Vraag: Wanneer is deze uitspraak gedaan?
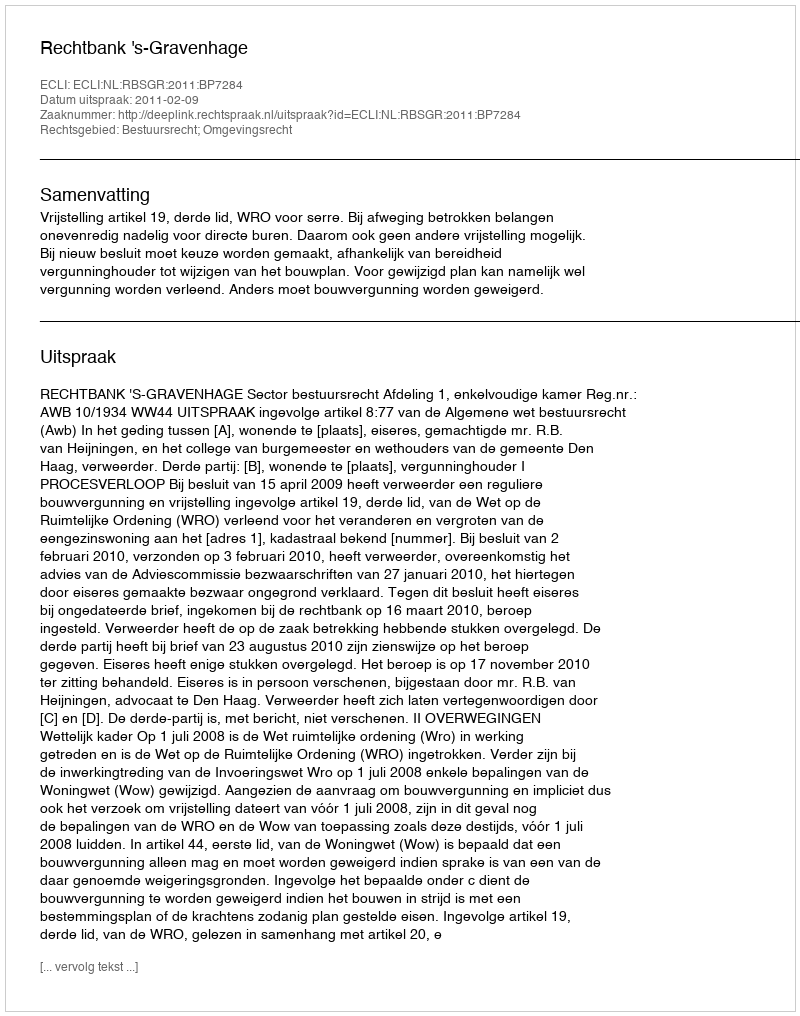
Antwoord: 2011-02-09